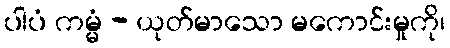
ပါပံ ကမ္မံ - ယုတ်မာသော မကောင်းမှုကို၊